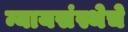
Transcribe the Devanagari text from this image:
न्यायसंस्थेचे